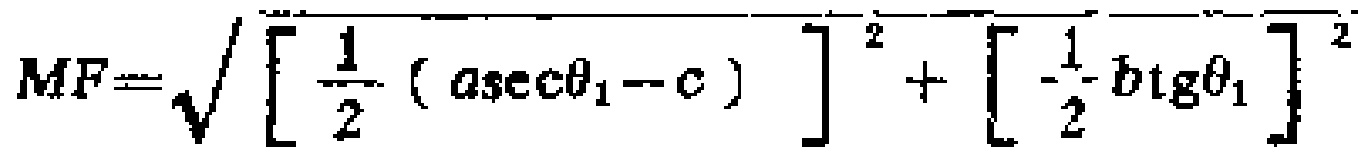
\[
MF = \sqrt{ \left[ \frac{1}{2} ( a\sec\theta_1 - c ) \right]^2 + \left[ \frac{1}{2} b\operatorname{tg}\theta_1 \right]^2 }
\]